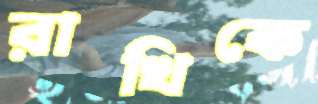
রাখিকে